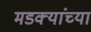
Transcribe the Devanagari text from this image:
मडक्यांच्या